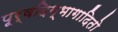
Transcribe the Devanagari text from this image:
पूर्वदिग्भागादितो